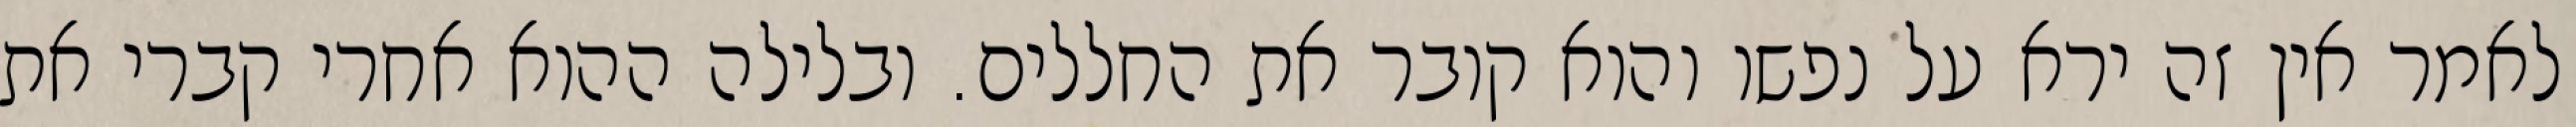
לאמר אין זה ירא על נפשו והוא קובר את החללים. ובלילה ההוא אחרי קברי את